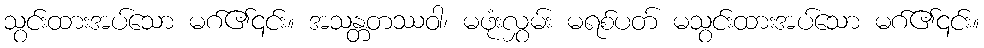
သွင်းထားအပ်သော မဂ်၏၎င်း။ အသန္တတဿဝါ၊ မဖုံးလွှမ်း မရစ်ပတ် မသွင်းထားအပ်သော မဂ်၏၎င်း။